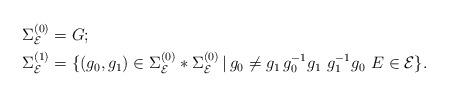
LaTeX: \begin{align*}&\Sigma_{\mathcal{E}}^{(0)} = G; \\&\Sigma_{\mathcal{E}}^{(1)} = \{ (g_0, g_1) \in \Sigma_\mathcal{E}^{(0)} * \Sigma_\mathcal{E}^{(0)}\, |\, g_0 \neq g_1 \, g_0^{-1} g_1\, \, g_1^{-1} g_0\, \, E \in \mathcal{E} \}.\end{align*}